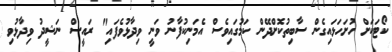
ކޯޓަކަށް ހުށަހަޅައިގެން ސާބިތުކޮށްދޭން ކަމުގައިވެސް އެމަނިކުފާނު ވަނީ ވިދާޅުވެފައި" ރައީސް ނަޝީދު ވިދާޅުވި